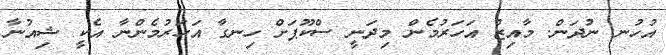
އުހުނ ނުދަން. މާއިޒް އަހަރުމެން މިދަނީ ސްކޫޕަށް ހިނގާ އަހަރުމެންނާ އެކީ ޝިއުނާ